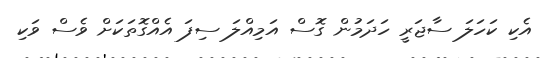
އެކި ކަހަލަ ސާޖަރީ ހަދަމުން ގޮސް އަމިއްލަ ސިފަ އެއްގޮތަކަށް ވެސް ވަކި